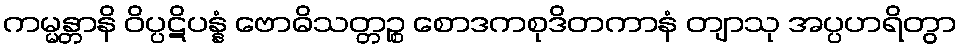
ကမ္မန္တာနိ ဝိပ္ပဋိပန္နံ ဗောဓိသတ္တဉ္စ စောဒကစုဒိတကာနံ တျာသု အပ္ပဟရိတွာ